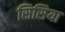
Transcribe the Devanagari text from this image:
सिसिया